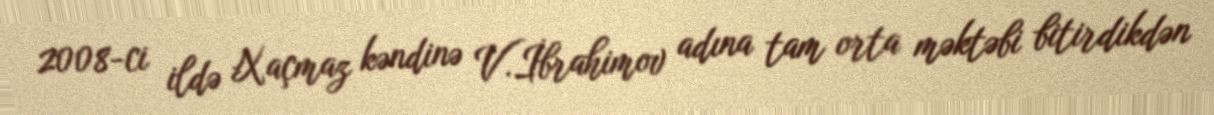
2008-ci ildə Xaçmaz kəndinə V.İbrahimov adına tam orta məktəbi bitirdikdən